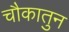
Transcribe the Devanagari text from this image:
चौकातुन